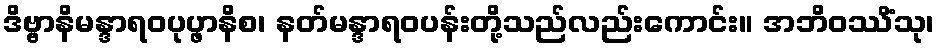
ဒိဗ္ဗာနိမန္ဒာရဝပုပ္ဖာနိစ၊ နတ်မန္ဒာရဝပန်းတို့သည်လည်းကောင်း။ အဘိဝဿိံသု၊